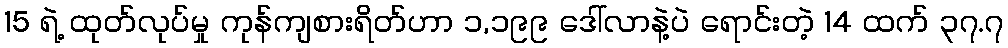
15 ရဲ့ ထုတ်လုပ်မှု ကုန်ကျစားရိတ်ဟာ ၁,၁၉၉ ဒေါ်လာနဲ့ပဲ ရောင်းတဲ့ 14 ထက် ၃၇.၇